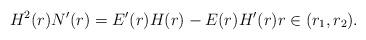
LaTeX: \begin{align*} H^2(r) N'(r) = E'(r)H(r) - E(r)H'(r) r \in (r_1,r_2).\end{align*}